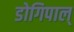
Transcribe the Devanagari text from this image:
डोगिपाल्